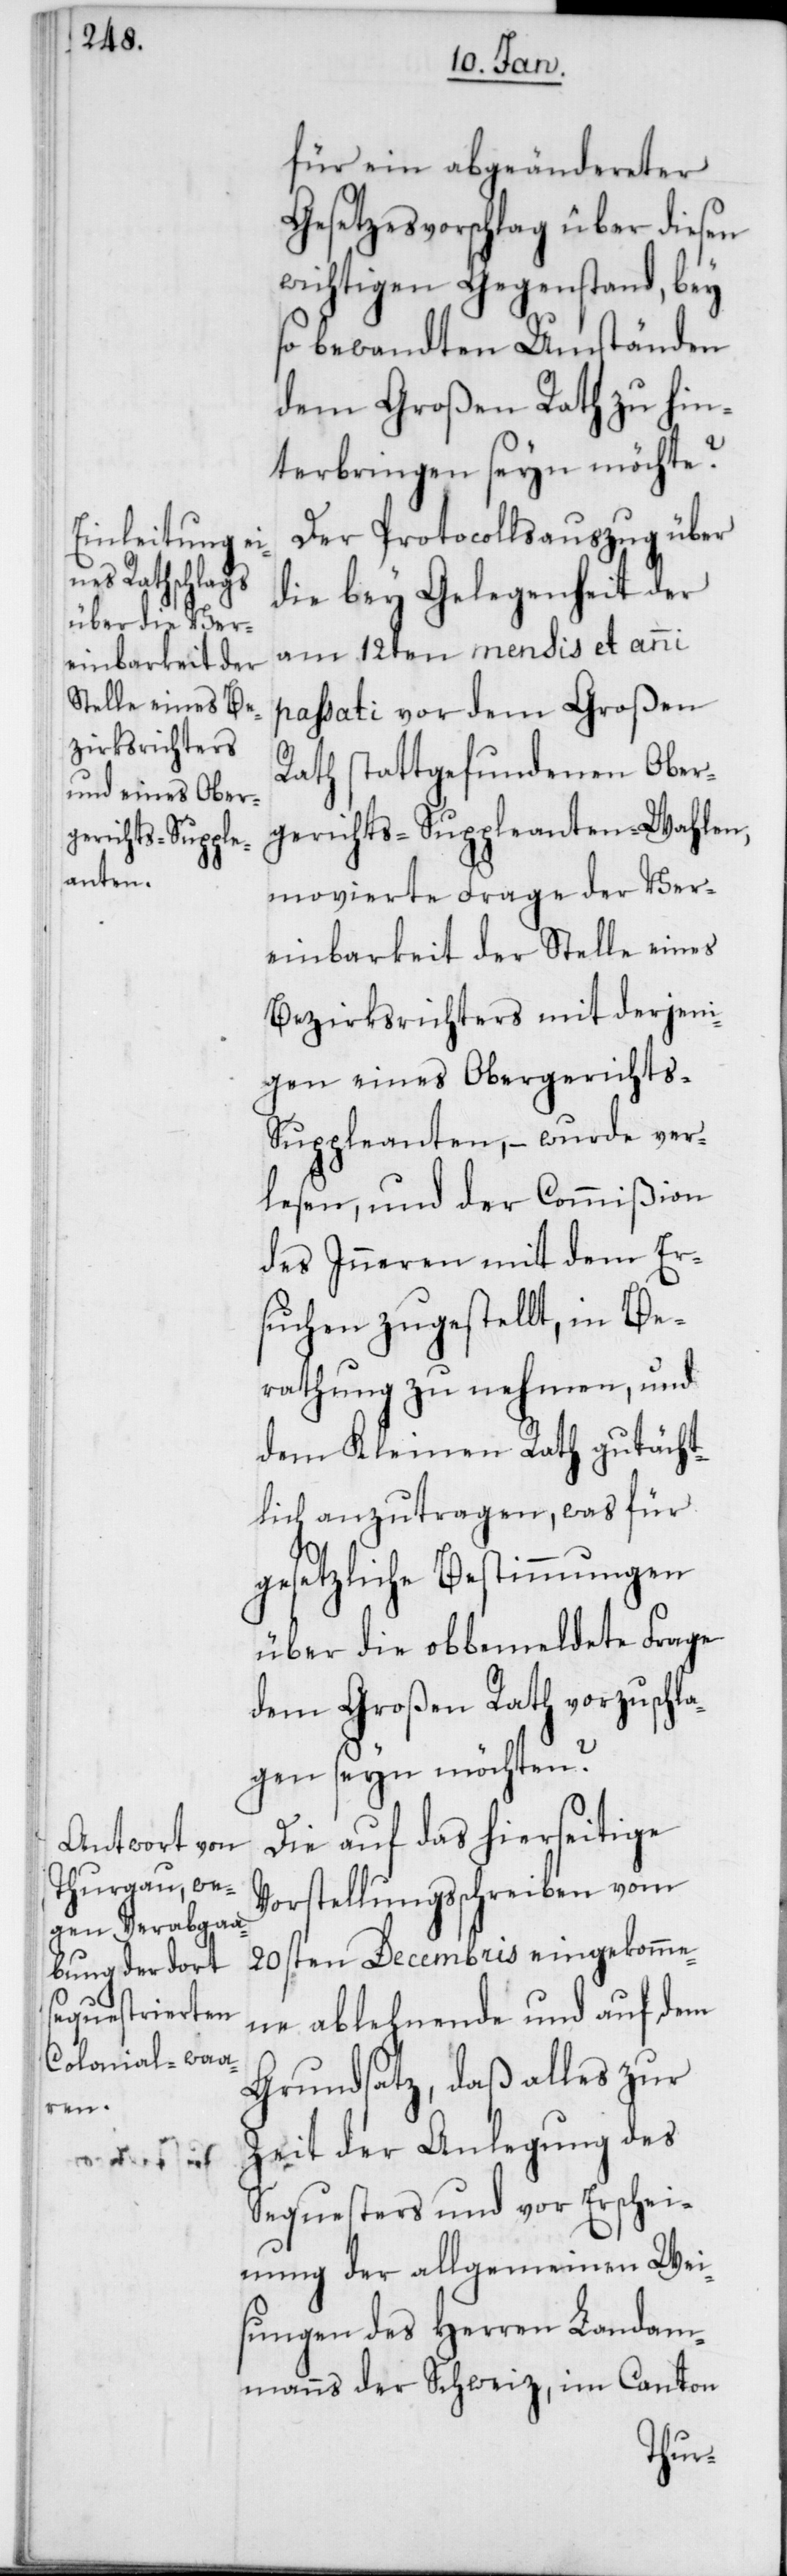
für ein abgeändereter
Gesetzesvorschlag über diesen
wichtigen Gegenstand, bey
so bewandten Umständen
dem Großen Rath zu hin¬
terbringen seyn möchte?
Der Protocollsauszug über
die bey Gelegenheit der
am 12ten mensis et anni
passati vor dem Großen
Rath stattgefundenen Ober¬
gerichts-Suppleanten-Wahlen,
movierte Frage der Ver¬
einbarkeit der Stelle eines
Bezirksrichters mit derjeni¬
gen eines Obergerichts-S¬
uppleanten, – wurde ver¬
lesen, und der Commißion
des Inneren mit dem Er¬
suchen zugestellt, in Be¬
rathung zu nehmen, und
dem Kleinen Rath gutächt¬
lich anzutragen, was für
gesetzliche Bestimmungen
über die obbemeldete Frage
dem Großen Rath vorzuschla¬
gen seyn möchten?
Die auf das hierseitige
Vorstellungsschreiben vom
20sten Decembris eingekomme¬
ne ablehnende und auf dem
Grundsatz, daß alles zur
Zeit der Anlegung des
Sequesters und vor Erschei¬
nung der allgemeinen Wei¬
sungen des Herren Landam¬
manns der Schweiz, im Canton